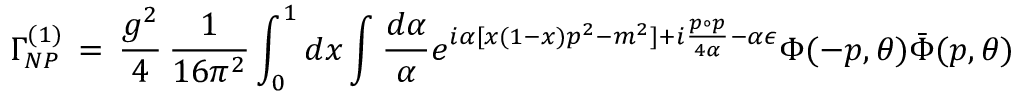
\Gamma _ { N P } ^ { ( 1 ) } \, = \, \frac { g ^ { 2 } } { 4 } \, \frac { 1 } { 1 6 \pi ^ { 2 } } \int _ { 0 } ^ { 1 } d x \int \frac { d \alpha } { \alpha } e ^ { i \alpha [ x ( 1 - x ) p ^ { 2 } - m ^ { 2 } ] + i \frac { p \circ p } { 4 \alpha } - \alpha \epsilon } \Phi ( - p , \theta ) \bar { \Phi } ( p , \theta )